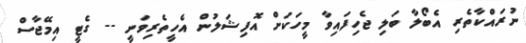
ނުރައްކާތެރި އެބޯލާ ބަލި ޖެހިފައިވާ މީހަކަށް އޮފިޝަލުން އެހީތެރިވަނީ -- ގެޓީ އިމޭޖާސް